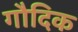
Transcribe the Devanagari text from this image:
गौदिक